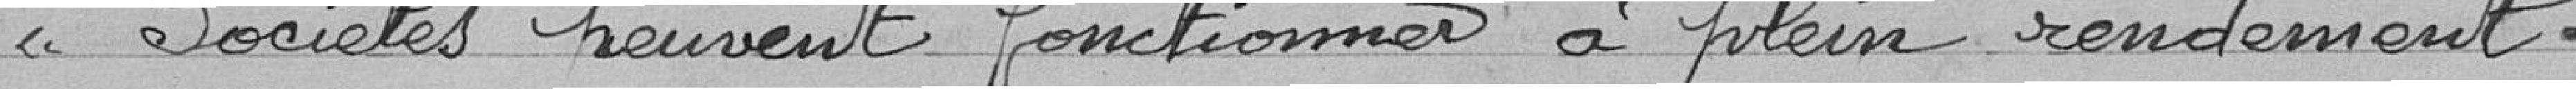
Sociétés peuvent fonctionner à plein rendement.